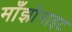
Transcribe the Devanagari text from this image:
माँझोनाइट